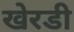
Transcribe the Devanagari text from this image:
खेरडी